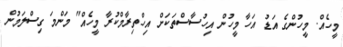
މީހެއް. މީހުންގެ އަޑު އަހާ މީހުން އިހުސާސްތަކަށް އިހްތިރާމްކުރާ މީހެއް" މަންމަ ގިސްލަމުން